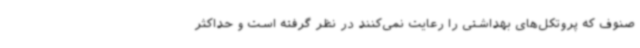
صنوف که پروتکل‌های بهداشتی را رعایت نمی‌کنند در نظر گرفته است و حداکثر